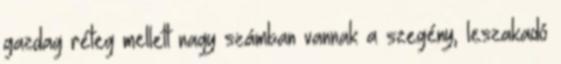
gazdag réteg mellett nagy számban vannak a szegény, leszakadó